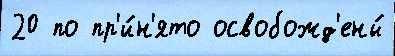
20 по пр'и́н'ято освобожд'ены́